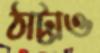
ঠাট্টাও